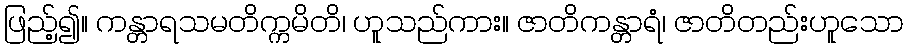
ဖြည့်၍။ ကန္တာရသမတိက္ကမိတိ၊ ဟူသည်ကား။ ဇာတိကန္တာရံ၊ ဇာတိတည်းဟူသော